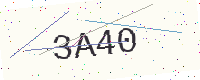
Text: 3A40